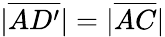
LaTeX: |{\overline{{AD^{\prime}}}}|=|{\overline{{AC}}}|